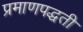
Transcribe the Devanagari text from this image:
प्रमाणपद्धती